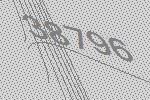
38796